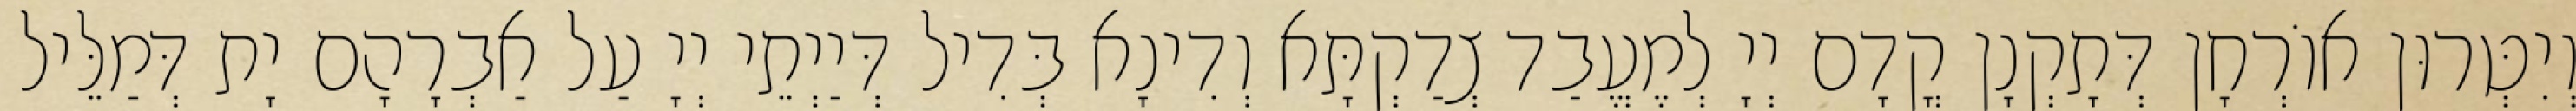
וְיִטְּרוּן אוֹרְחָן דְּתָקְנָן קֳדָם יְיָ לְמֶעֱבַד צְדַקְתָּא וְדִינָא בְּדִיל דְּיַיְתֵי יְיָ עַל אַבְרָהָם יָת דְּמַלֵּיל